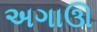
અગાઊ